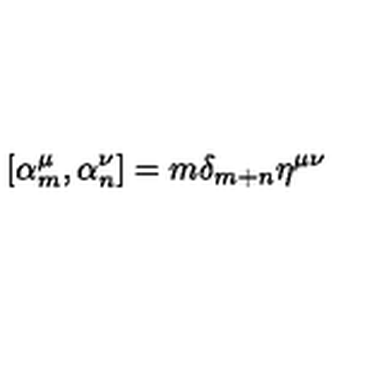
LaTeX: [ \alpha _ { m } ^ { \mu } , \alpha _ { n } ^ { \nu } ] = m \delta _ { m + n } \eta ^ { \mu \nu }